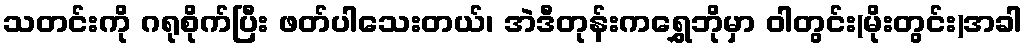
သတင်းကို ဂရုစိုက်ပြီး ဖတ်ပါသေးတယ်၊ အဲဒီတုန်းကရွှေဘိုမှာ ဝါတွင်း(မိုးတွင်း)အခါ